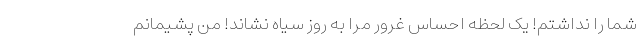
شما را نداشتم! یک لحظه احساس غرور مرا به روز سیاه نشاند! من پشیمانم